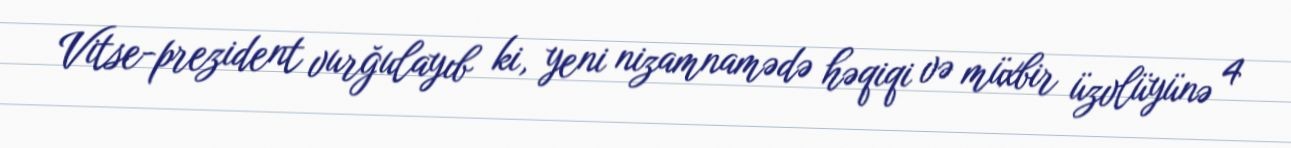
Vitse-prezident vurğulayıb ki, yeni nizamnamədə həqiqi və müxbir üzvlüyünə 4